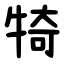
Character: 犄